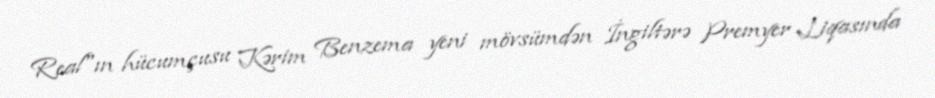
Real"ın hücumçusu Kərim Benzema yeni mövsümdən İngiltərə Premyer Liqasında